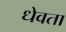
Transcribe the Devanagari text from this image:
धेवता